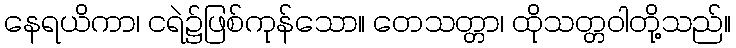
နေရယိကာ၊ ငရဲ၌ဖြစ်ကုန်သော။ တေသတ္တာ၊ ထိုသတ္တဝါတို့သည်။